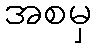
အစမှ